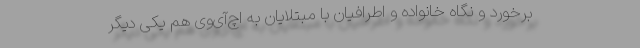
برخورد و نگاه خانواده و اطرافیان با مبتلایان به اچ‌آی‌وی هم یکی دیگر